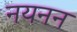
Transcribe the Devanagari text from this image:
नयनन